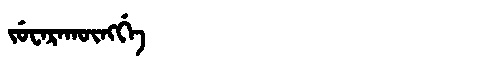
Manchu: ᠵᡠᠸᠠᡵᠠᡴᡡᠩᡤᡝ
Romanization: JUWARAKŪNGGE